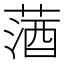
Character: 𦵩